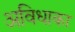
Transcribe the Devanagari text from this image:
अविधाका